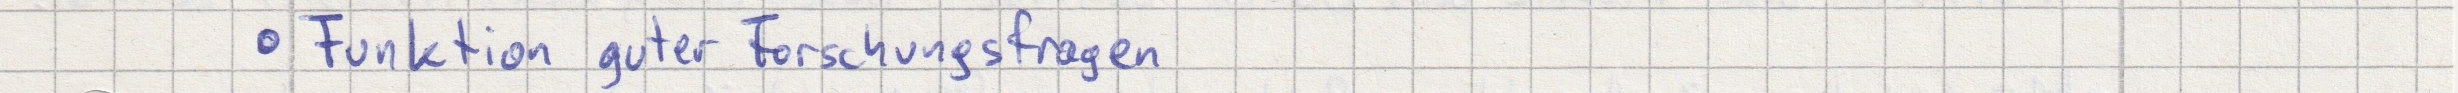
- Funktion guter Forschungsfragen